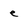
Character: e